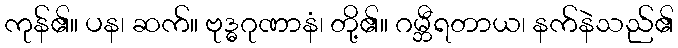
ကုန်၏။ ပန၊ ဆက်။ ဗုဒ္ဓဂုဏာနံ၊ တို့၏။ ဂမ္ဘီရတာယ၊ နက်နဲသည်၏